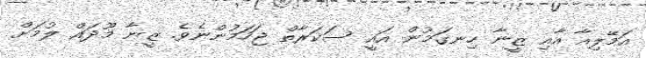
އަމޭލިއާ އާއި ޒީނާ ހިނގަމުން އައީ ސަކަރާތް ޖަހަމުންނެވެ. ޒީނާ މޫދައް ލުމަށް